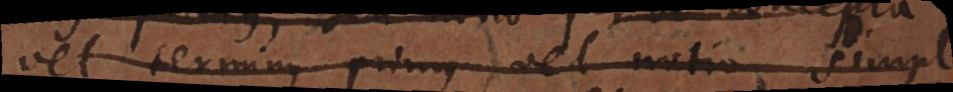
vel terminus primus, vel notio simpl